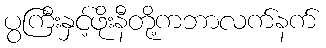
ပွကြီးနှင့်ဖိုးနီတို့ကဘာလက်နက်